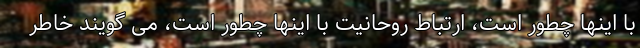
با اینها چطور است، ارتباط روحانیت با اینها چطور است، می گویند خاطر